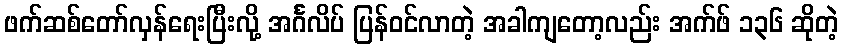
ဖက်ဆစ်တော်လှန်ရေးပြီးလို့ အင်္ဂလိပ် ပြန်ဝင်လာတဲ့ အခါကျတော့လည်း အက်ဖ် ၁၃၆ ဆိုတဲ့